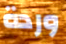
وردة